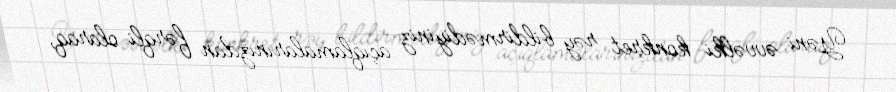
Yəni əvvəlki konkret rəy bildirmədiyiniz açıqlamalarınızdan fərqli olaraq,